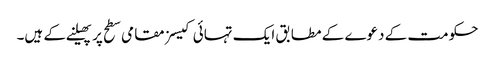
حکومت کے دعوے کے مطابق ایک تہائی کیسز مقامی سطح پر پھیلنے کے ہیں۔